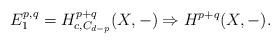
LaTeX: \begin{align*}E^{p,q}_1= H^{p+q}_{c,C_{d-p}}(X,-) \Rightarrow H^{p+q}(X,-). \end{align*}